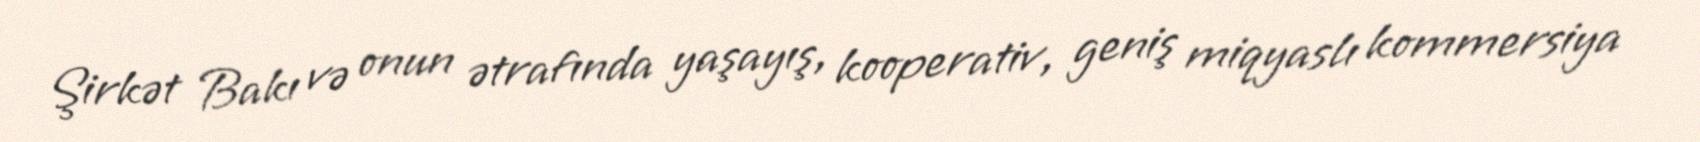
Şirkət Bakı və onun ətrafında yaşayış, kooperativ, geniş miqyaslı kommersiya